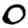
Digit: 0